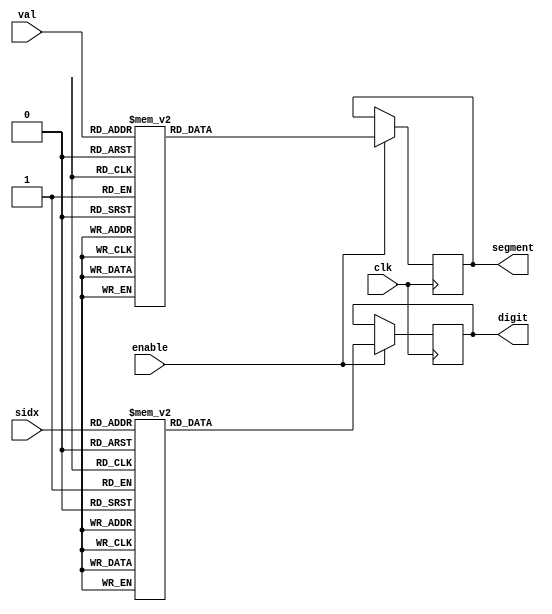
module LED (input clk, input enable, input [3:0] val, input [2:0] sidx, output reg[7:0] digit, output reg[7:0] segment);

always @(posedge clk)
begin
	if (enable)
	begin
		case (sidx)
		3'd0: begin digit <= 8'b11111110; end
		3'd1: begin digit <= 8'b11111101; end
		3'd2: begin digit <= 8'b11111011; end
		3'd3: begin digit <= 8'b11110111; end
		3'd4: begin digit <= 8'b11101111; end
		3'd5: begin digit <= 8'b11011111; end
		3'd6: begin digit <= 8'b10111111; end
		3'd7: begin digit <= 8'b01111111; end
		default: begin digit <= 8'b11111111; end
		endcase

		case (val)
		3'b000: begin segment <= 8'b00000011; end
		3'b001: begin segment <= 8'b10011111; end
		3'b010: begin segment <= 8'b00100101; end
		3'b011: begin segment <= 8'b00001101; end
		3'b100: begin segment <= 8'b10011001; end
		3'b101: begin segment <= 8'b01001001; end
		3'b110: begin segment <= 8'b01000001; end
		3'b111: begin segment <= 8'b00011111; end
		4'b1000: begin segment <= 8'b00000001; end
		4'b1001: begin segment <= 8'b00001001; end
		default: begin segment <= 8'b11111111; end
		endcase	
	end
end
endmodule